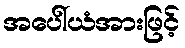
အပေါ်ယံအားဖြင့်